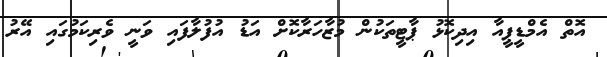
އޮތް އެމްޑީޕީއާ އިދިކޮޅު ޕާޓީތަކުން މުޒާހަރާކޮށް އަޑު އުފުލާފައި ވަނީ ވެރިކަމުގައި އޭރު